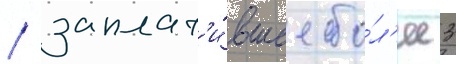
/ заплат'и́вшее бо́л'ее 3